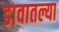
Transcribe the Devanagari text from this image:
डावातल्या